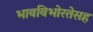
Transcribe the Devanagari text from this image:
भावविभोरतेसह